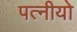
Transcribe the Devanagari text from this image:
पत्नीयो